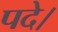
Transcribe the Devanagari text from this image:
पदे।